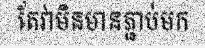
តែវាមិនមានភ្ជាប់មក